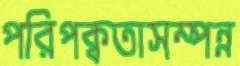
পরিপক্বতাসম্পন্ন